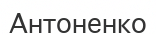
Антоненко